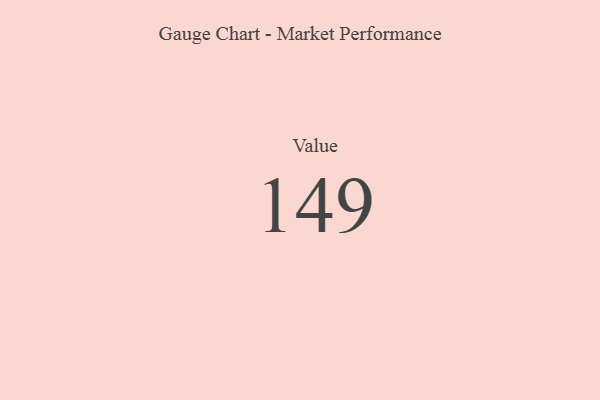
{"axis": {"x": "Metric", "y": "Value"}, "legend": [""], "data": [{"x": "Value", "y": 149, "type": ""}]}